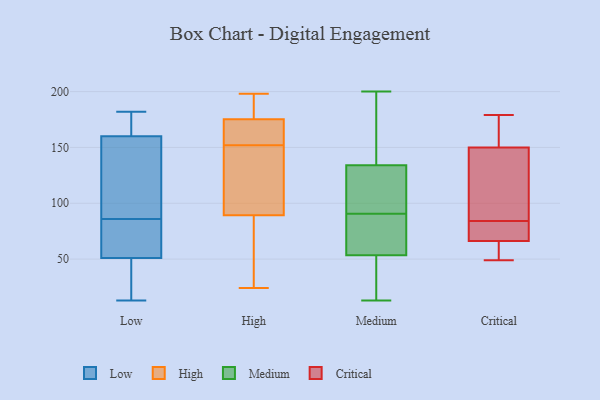
{"axis": {"x": "Tickets Resolved", "y": "Value"}, "legend": ["Critical", "High", "Low", "Medium"], "data": [{"x": "", "y": 160, "type": "Low"}, {"x": "", "y": 87, "type": "Low"}, {"x": "", "y": 81, "type": "Low"}, {"x": "", "y": 15, "type": "Low"}, {"x": "", "y": 87, "type": "Low"}, {"x": "", "y": 13, "type": "Low"}, {"x": "", "y": 99, "type": "Low"}, {"x": "", "y": 167, "type": "Low"}, {"x": "", "y": 85, "type": "Low"}, {"x": "", "y": 170, "type": "Low"}, {"x": "", "y": 48, "type": "Low"}, {"x": "", "y": 182, "type": "Low"}, {"x": "", "y": 51, "type": "Low"}, {"x": "", "y": 62, "type": "Low"}, {"x": "", "y": 24, "type": "High"}, {"x": "", "y": 195, "type": "High"}, {"x": "", "y": 198, "type": "High"}, {"x": "", "y": 118, "type": "High"}, {"x": "", "y": 97, "type": "High"}, {"x": "", "y": 37, "type": "High"}, {"x": "", "y": 182, "type": "High"}, {"x": "", "y": 156, "type": "High"}, {"x": "", "y": 173, "type": "High"}, {"x": "", "y": 92, "type": "High"}, {"x": "", "y": 81, "type": "High"}, {"x": "", "y": 152, "type": "High"}, {"x": "", "y": 161, "type": "High"}, {"x": "", "y": 105, "type": "Medium"}, {"x": "", "y": 29, "type": "Medium"}, {"x": "", "y": 93, "type": "Medium"}, {"x": "", "y": 128, "type": "Medium"}, {"x": "", "y": 103, "type": "Medium"}, {"x": "", "y": 71, "type": "Medium"}, {"x": "", "y": 64, "type": "Medium"}, {"x": "", "y": 109, "type": "Medium"}, {"x": "", "y": 64, "type": "Medium"}, {"x": "", "y": 78, "type": "Medium"}, {"x": "", "y": 13, "type": "Medium"}, {"x": "", "y": 200, "type": "Medium"}, {"x": "", "y": 26, "type": "Medium"}, {"x": "", "y": 88, "type": "Medium"}, {"x": "", "y": 169, "type": "Medium"}, {"x": "", "y": 197, "type": "Medium"}, {"x": "", "y": 24, "type": "Medium"}, {"x": "", "y": 43, "type": "Medium"}, {"x": "", "y": 140, "type": "Medium"}, {"x": "", "y": 142, "type": "Medium"}, {"x": "", "y": 64, "type": "Critical"}, {"x": "", "y": 179, "type": "Critical"}, {"x": "", "y": 94, "type": "Critical"}, {"x": "", "y": 73, "type": "Critical"}, {"x": "", "y": 55, "type": "Critical"}, {"x": "", "y": 154, "type": "Critical"}, {"x": "", "y": 79, "type": "Critical"}, {"x": "", "y": 84, "type": "Critical"}, {"x": "", "y": 138, "type": "Critical"}, {"x": "", "y": 49, "type": "Critical"}, {"x": "", "y": 167, "type": "Critical"}]}